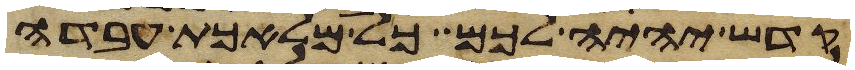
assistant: קדש יהיה לכם כל מלאכת עבדה